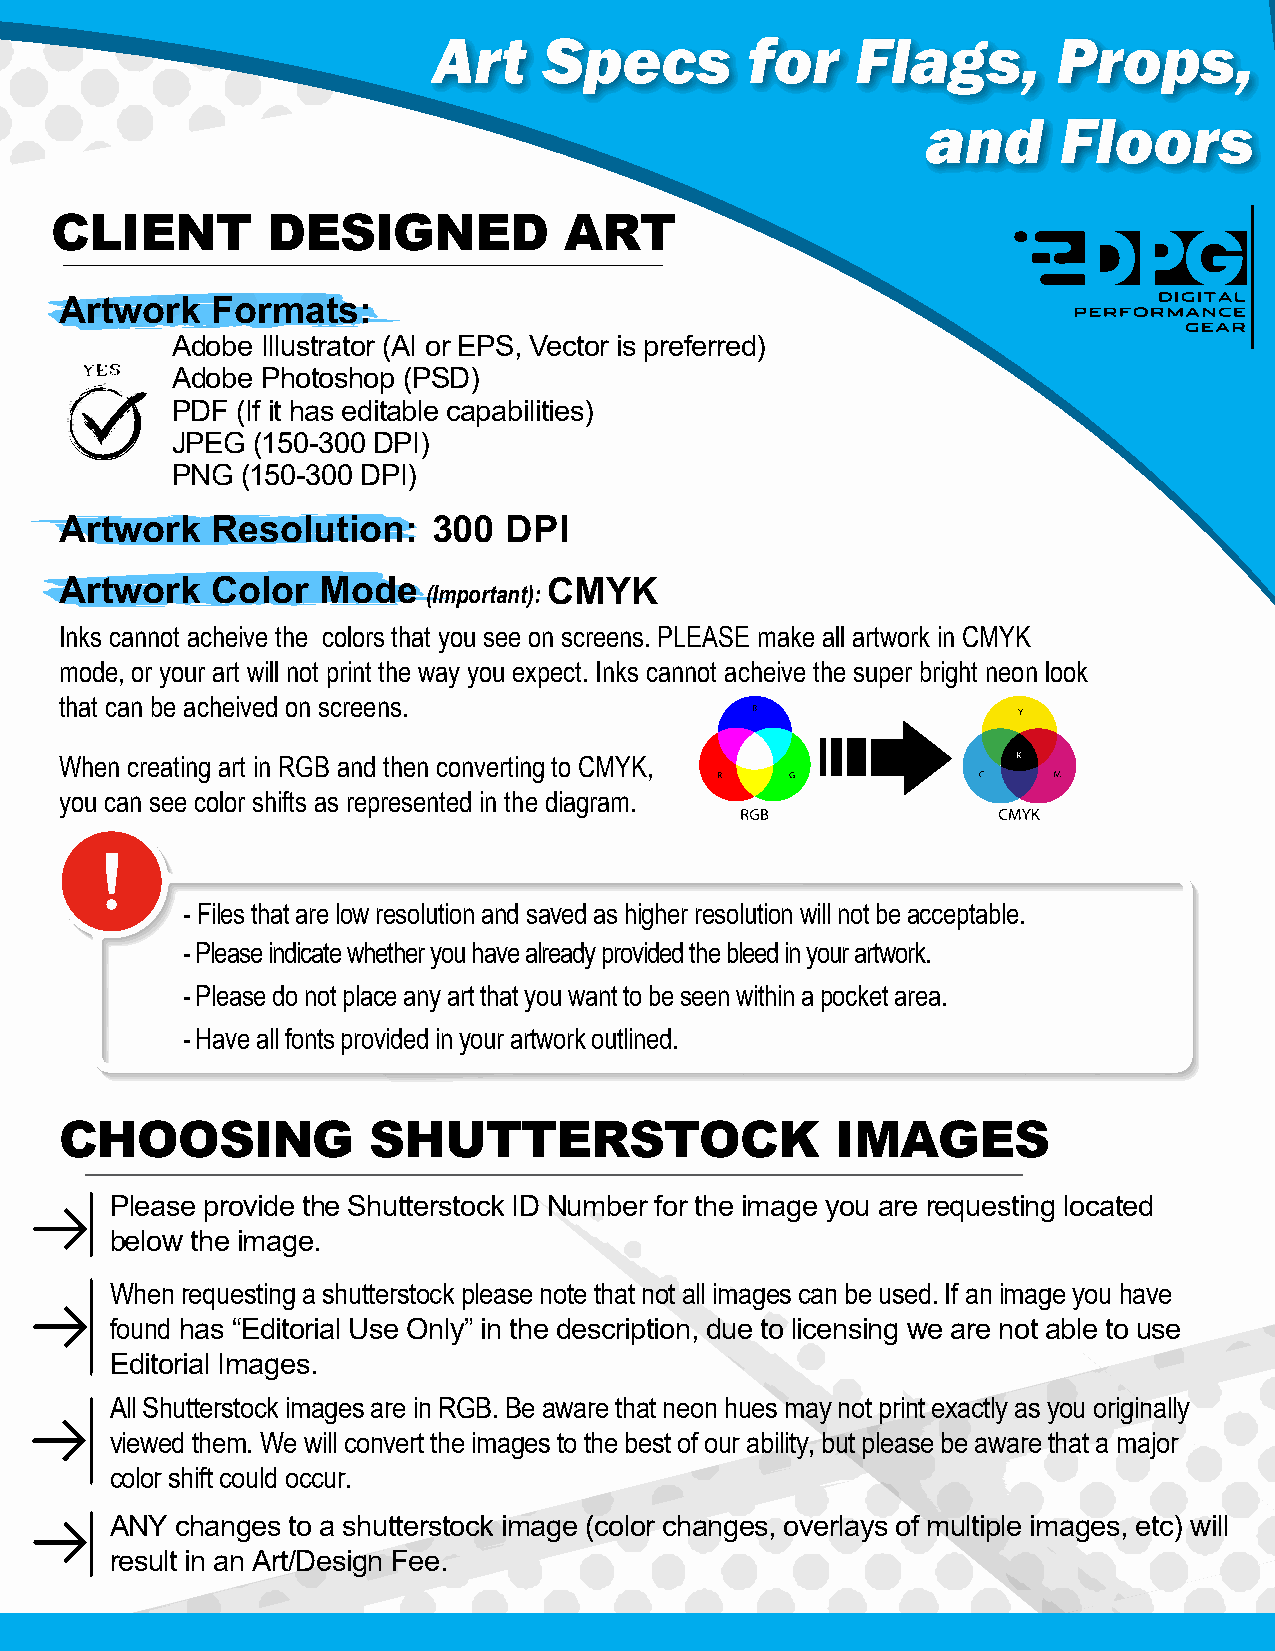
Art    Specs         for    Flags,       Props,
 and      Floors
 CLIENT         DESIGNED           ART
 Artwork   Formats:
 Adobe Illustrator (AI or EPS, Vector is preferred)
 Adobe Photoshop (PSD)
 PDF  (If it has editable capabilities)
 JPEG  (150-300 DPI)
 PNG  (150-300 DPI)
 Artwork   Resolution:    300 DPI
 Artwork   Color  Mode           CMYK
 (Important):
 Inks cannot acheive the colors that you see on screens. PLEASE make all artwork in CMYK
 mode, or your art will not print the way you expect. Inks cannot acheive the super bright neon look
 that can be acheived on screens.
 When creating art in RGB and then converting to CMYK,
 you can see color shifts as represented in the diagram.
 - Files that are low resolution and saved as higher resolution will not be acceptable.
 - Please indicate whether you have already provided the bleed in your artwork.
 - Please do not place any art that you want to be seen within a pocket area.
 - Have all fonts provided in your artwork outlined.
 CHOOSING            SHUTTERSTOCK                   IMAGES
 Please provide the Shutterstock ID Number for the image you are requesting located
 below the image.
 When requesting a shutterstock please note that not all images can be used. If an image you have
 found has “Editorial Use Only” in the description, due to licensing we are not able to use
 Editorial Images.
 All Shutterstock images are in RGB. Be aware that neon hues may not print exactly as you originally
 viewed them. We will convert the images to the best of our ability, but please be aware that a major
 color shift could occur.
 ANY  changes to a shutterstock image (color changes, overlays of multiple images, etc) will
 result in an Art/Design Fee.